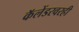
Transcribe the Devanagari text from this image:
कॅलेंडरवरही